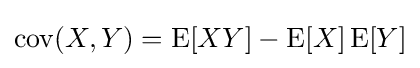
\operatorname {cov} (X,Y)=\operatorname {E} [XY]-\operatorname {E} [X]\operatorname {E} [Y]